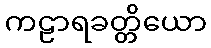
ကဠာရခတ္တိယော